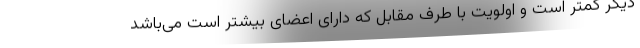
دیگر کمتر است و اولویت با طرف مقابل که دارای اعضای بیشتر است می‌باشد